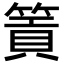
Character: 篢